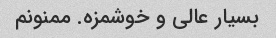
بسیار عالی و خوشمزه. ممنونم